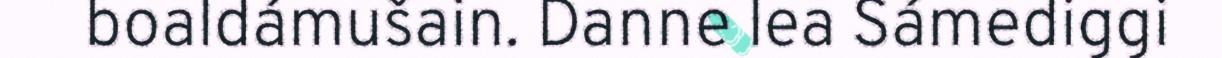
boaldámušain. Danne lea Sámediggi